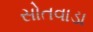
સોતવાડા